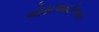
એસઆઈઆર